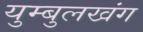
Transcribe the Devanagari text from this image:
युम्बुलखंग